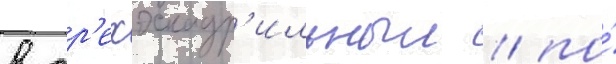
в тр'ехэскадр'ильныи / по́